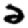
Digit: 2